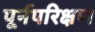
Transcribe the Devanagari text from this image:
पूर्नपरिक्षण